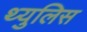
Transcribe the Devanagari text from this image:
थ्युलिस